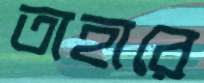
তাহারে